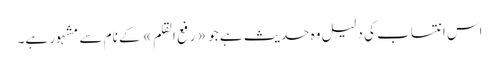
اس انتساب کی دلیل وہ حدیث ہے جو «رفع القلم» کے نام سے مشہور ہے۔